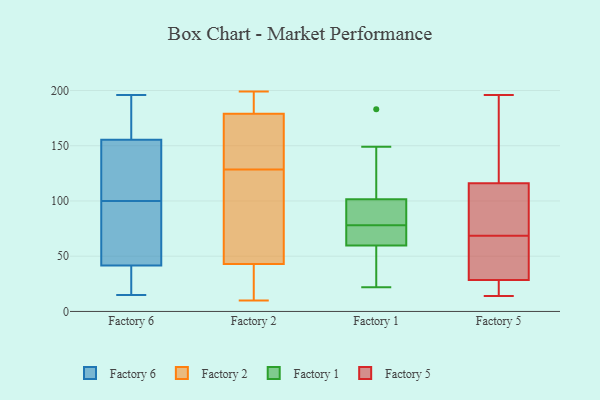
{"axis": {"x": "Demand Index", "y": "Value"}, "legend": ["Factory 1", "Factory 2", "Factory 5", "Factory 6"], "data": [{"x": "", "y": 157, "type": "Factory 6"}, {"x": "", "y": 41, "type": "Factory 6"}, {"x": "", "y": 86, "type": "Factory 6"}, {"x": "", "y": 23, "type": "Factory 6"}, {"x": "", "y": 180, "type": "Factory 6"}, {"x": "", "y": 196, "type": "Factory 6"}, {"x": "", "y": 93, "type": "Factory 6"}, {"x": "", "y": 194, "type": "Factory 6"}, {"x": "", "y": 77, "type": "Factory 6"}, {"x": "", "y": 35, "type": "Factory 6"}, {"x": "", "y": 140, "type": "Factory 6"}, {"x": "", "y": 100, "type": "Factory 6"}, {"x": "", "y": 43, "type": "Factory 6"}, {"x": "", "y": 35, "type": "Factory 6"}, {"x": "", "y": 121, "type": "Factory 6"}, {"x": "", "y": 154, "type": "Factory 6"}, {"x": "", "y": 156, "type": "Factory 6"}, {"x": "", "y": 15, "type": "Factory 6"}, {"x": "", "y": 146, "type": "Factory 6"}, {"x": "", "y": 61, "type": "Factory 2"}, {"x": "", "y": 175, "type": "Factory 2"}, {"x": "", "y": 33, "type": "Factory 2"}, {"x": "", "y": 197, "type": "Factory 2"}, {"x": "", "y": 33, "type": "Factory 2"}, {"x": "", "y": 155, "type": "Factory 2"}, {"x": "", "y": 199, "type": "Factory 2"}, {"x": "", "y": 72, "type": "Factory 2"}, {"x": "", "y": 43, "type": "Factory 2"}, {"x": "", "y": 128, "type": "Factory 2"}, {"x": "", "y": 196, "type": "Factory 2"}, {"x": "", "y": 133, "type": "Factory 2"}, {"x": "", "y": 10, "type": "Factory 2"}, {"x": "", "y": 194, "type": "Factory 2"}, {"x": "", "y": 37, "type": "Factory 2"}, {"x": "", "y": 129, "type": "Factory 2"}, {"x": "", "y": 113, "type": "Factory 2"}, {"x": "", "y": 179, "type": "Factory 2"}, {"x": "", "y": 35, "type": "Factory 1"}, {"x": "", "y": 83, "type": "Factory 1"}, {"x": "", "y": 149, "type": "Factory 1"}, {"x": "", "y": 77, "type": "Factory 1"}, {"x": "", "y": 61, "type": "Factory 1"}, {"x": "", "y": 46, "type": "Factory 1"}, {"x": "", "y": 65, "type": "Factory 1"}, {"x": "", "y": 22, "type": "Factory 1"}, {"x": "", "y": 183, "type": "Factory 1"}, {"x": "", "y": 85, "type": "Factory 1"}, {"x": "", "y": 120, "type": "Factory 1"}, {"x": "", "y": 78, "type": "Factory 1"}, {"x": "", "y": 56, "type": "Factory 1"}, {"x": "", "y": 78, "type": "Factory 1"}, {"x": "", "y": 97, "type": "Factory 1"}, {"x": "", "y": 115, "type": "Factory 1"}, {"x": "", "y": 63, "type": "Factory 1"}, {"x": "", "y": 110, "type": "Factory 5"}, {"x": "", "y": 58, "type": "Factory 5"}, {"x": "", "y": 25, "type": "Factory 5"}, {"x": "", "y": 30, "type": "Factory 5"}, {"x": "", "y": 105, "type": "Factory 5"}, {"x": "", "y": 14, "type": "Factory 5"}, {"x": "", "y": 40, "type": "Factory 5"}, {"x": "", "y": 107, "type": "Factory 5"}, {"x": "", "y": 59, "type": "Factory 5"}, {"x": "", "y": 122, "type": "Factory 5"}, {"x": "", "y": 14, "type": "Factory 5"}, {"x": "", "y": 96, "type": "Factory 5"}, {"x": "", "y": 196, "type": "Factory 5"}, {"x": "", "y": 163, "type": "Factory 5"}, {"x": "", "y": 132, "type": "Factory 5"}, {"x": "", "y": 186, "type": "Factory 5"}, {"x": "", "y": 76, "type": "Factory 5"}, {"x": "", "y": 61, "type": "Factory 5"}, {"x": "", "y": 27, "type": "Factory 5"}, {"x": "", "y": 20, "type": "Factory 5"}]}